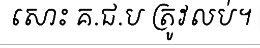
សោះ គ.ជ.ប ត្រូវលប់។